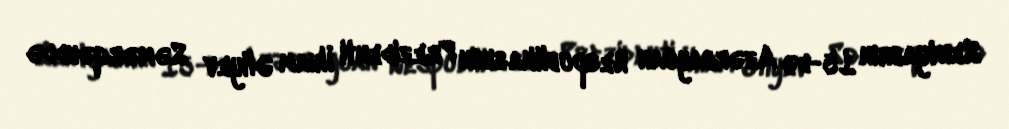
Sentyabrın 15-də Azərbaycan Respublikasının Prezidenti İlham Əliyev Səmərqənddə